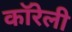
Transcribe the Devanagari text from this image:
कॉरेली